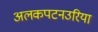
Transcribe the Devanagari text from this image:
अलकपटनउरिया